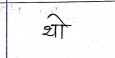
मजकूर: थो